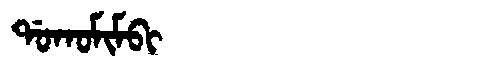
Manchu: ᡩᠣᡴᠣᠮᡳᠮᠪᡳ
Romanization: DOKOMIMBI